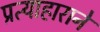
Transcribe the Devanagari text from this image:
प्रत्याहाराने